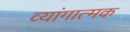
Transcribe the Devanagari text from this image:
व्यांगात्मक